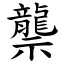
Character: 龒